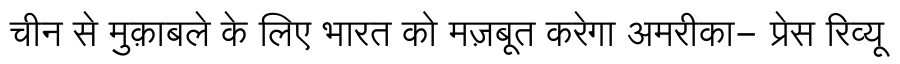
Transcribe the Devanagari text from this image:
चीन से मुक़ाबले के लिए भारत को मज़बूत करेगा अमरीका- प्रेस रिव्यू